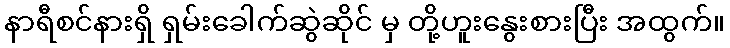
နာရီစင်နားရှိ ရှမ်းခေါက်ဆွဲဆိုင် မှ တို့ဟူးနွေးစားပြီး အထွက်။